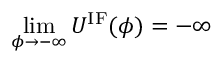
\operatorname* { l i m } _ { \phi \to - \infty } U ^ { \mathrm { I F } } ( \phi ) = - \infty